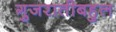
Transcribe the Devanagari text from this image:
गुजरातीबहुल